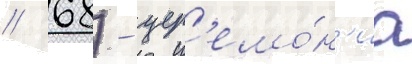
// 68) - цер'емо́н'иа